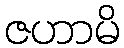
ဇဟာမိ